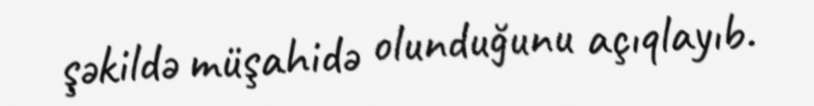
şəkildə müşahidə olunduğunu açıqlayıb.